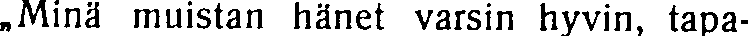
,,Minä muistan hänet varsin hyvin, tapa-